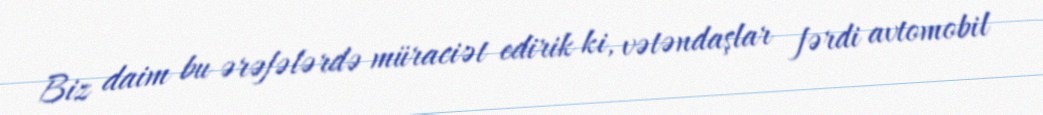
Biz daim bu ərəfələrdə müraciət edirik ki, vətəndaşlar fərdi avtomobil